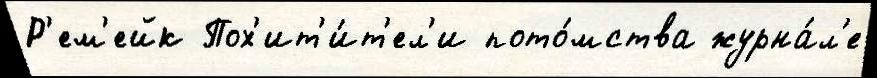
Р'ем'ейк Пох'ит'и́т'ел'и пото́мства журна́л'е